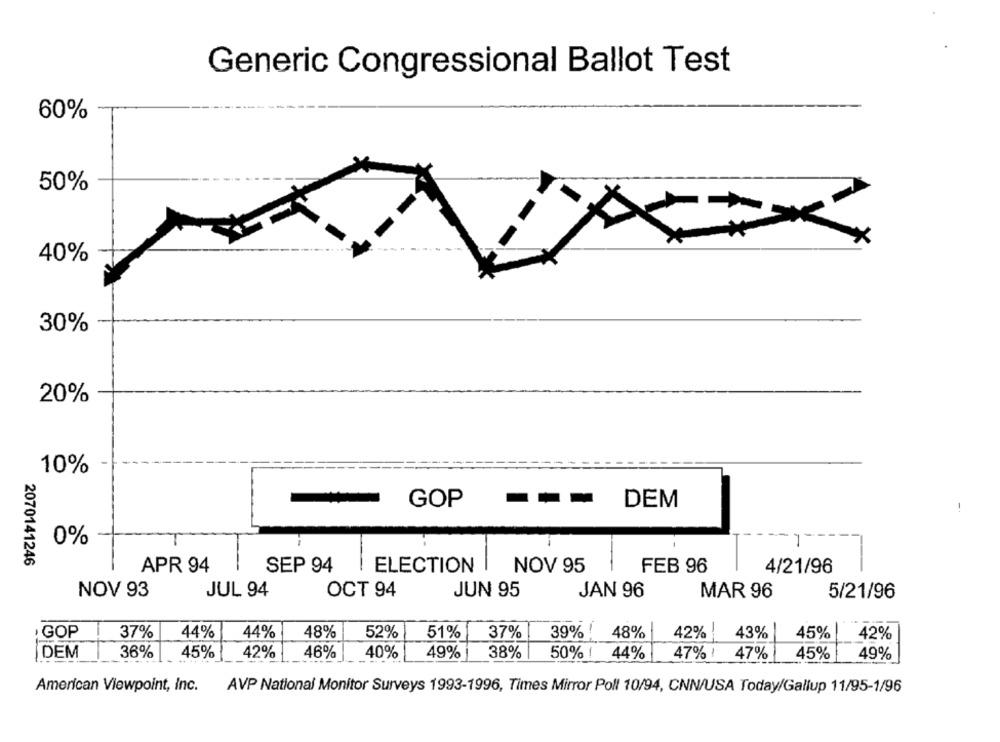
Generic Congressional Ballot Test
60%
50%
40%
30%
20%
10%
GOP
DEM
0%
2070141246
APR 94
SEP 94
ELECTION
NOV 95
FEB 96
4/21/96
NOV 93
JUL 94
OCT 94
JUN 95
JAN 96
MAR 96
5/21/96
-
· GOP
37%
44%
44%
48%
52%
51%
37%
39%
48%
42%
43%
45%
42%
36%
45%
42%
46%
40%
49%
38%
47%
DEM
50%
44%
47%
45%
49%
American Viewpoint, Inc.
AVP National Monitor Surveys 1993-1996, Times Mirror Poll 10/94, CNN/USA Today/Gallup 11/95-1/96